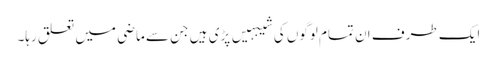
ایک طرف ان تمام لوگوں کی شیبہیں پڑی ہیں جن سے ماضی میں تعلق رہا۔